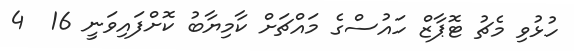
ހުޅުވި މެޗު ޓޮޕާޒް ހައުސްގެ މައްޗަށް ކާމިޔާބު ކޮށްފައިވަނީ 16  4